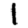
Digit: 1